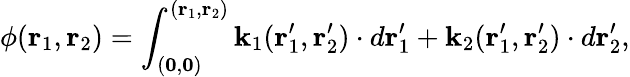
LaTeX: \phi(\mathbf{r}_{1},\mathbf{r}_{2})=\int_{(\mathbf{0},\mathbf{0})}^{(\mathbf{r}_{1},\mathbf{r}_{2})}\mathbf{k}_{1}(\mathbf{r}_{1}^{\prime},\mathbf{r}_{2}^{\prime})\cdot d\mathbf{r}_{1}^{\prime}+\mathbf{k}_{2}(\mathbf{r}_{1}^{\prime},\mathbf{r}_{2}^{\prime})\cdot d\mathbf{r}_{2}^{\prime},